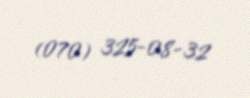
(070) 325-08-32